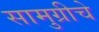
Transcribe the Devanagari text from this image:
सामुग्रीचे